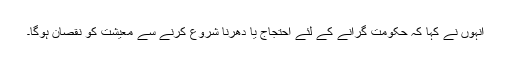
انہوں نے کہا کہ حکومت گرانے کے لئے احتجاج یا دھرنا شروع کرنے سے معیشت کو نقصان ہوگا۔